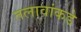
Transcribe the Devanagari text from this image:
तलावांकडे